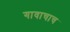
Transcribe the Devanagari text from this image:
गावाचाच